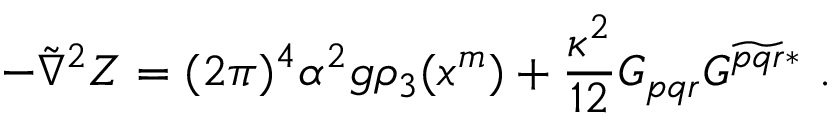
- \tilde { \nabla } ^ { 2 } Z = ( 2 \pi ) ^ { 4 } \alpha ^ { 2 } g \rho _ { 3 } ( x ^ { m } ) + \frac { \kappa ^ { 2 } } { 1 2 } G _ { p q r } G ^ { \widetilde { p q r } * } \ .